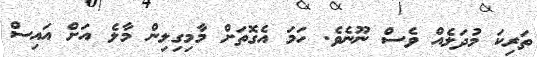
ތަރިކަ މުދަލެއް ވެސް ނޫނެވެ. ހަމަ އެގޮތަށް މާމިގިލިން މާލެ އަށް އައިސް